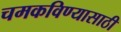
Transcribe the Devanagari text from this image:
चमकविण्यासाठी